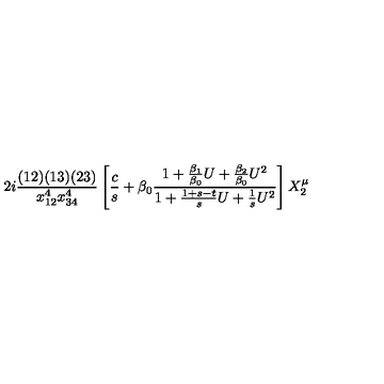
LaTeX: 2 i { \frac { ( 1 2 ) ( 1 3 ) ( 2 3 ) } { x _ { 1 2 } ^ { 4 } x _ { 3 4 } ^ { 4 } } } \left[ { \frac { c } { s } } + \beta _ { 0 } { \frac { 1 + { \frac { \beta _ { 1 } } { \beta _ { 0 } } } U + { \frac { \beta _ { 2 } } { \beta _ { 0 } } } U ^ { 2 } } { 1 + { \frac { 1 + s - t } { s } } U + { \frac { 1 } { s } } U ^ { 2 } } } \right] X _ { 2 } ^ { \mu }